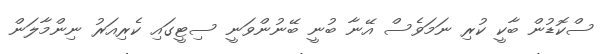
ސްކޮޑުން ބާކީ ކުރި ނަމަވެސް އޭނާ ބުނީ ބޭނުންވަނީ ސިޓީގައި ކެރިއަރު ނިންމާލަން